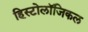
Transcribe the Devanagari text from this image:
हिस्टोलॉजिकल